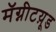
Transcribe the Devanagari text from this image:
मॅग्नीटय़ूड